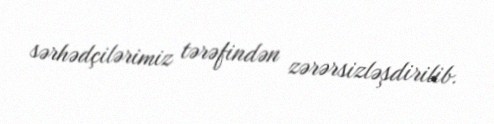
sərhədçilərimiz tərəfindən zərərsizləşdirilib.